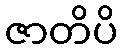
ဇာတိပိ